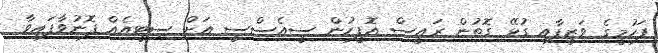
ފަހުމީގެ ވަޒީފާއި ގުޅޭ ގޮތުން ރައީސް އޮފީހުން ސީއެސްސީ އަށް ސިޓީއެއް ފޮނުވާފައިވާ